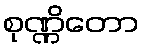
စုဏ္ဏိတော